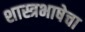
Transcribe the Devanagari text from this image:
शास्त्रभाषेचा